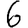
Digit: 6